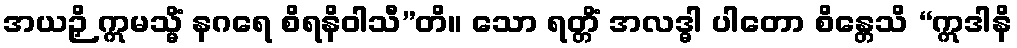
အယဉှိ ဣမသ္မိံ နဂရေ စိရနိဝါသီ”တိ။ သော ရတ္တိံ အလဒ္ဓါ ပါတော စိန္တေသိ “ဣဒါနိ